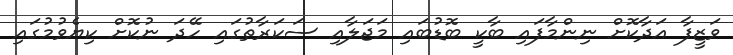
ވަޒީފާ އަދާކޮށް ނިންމާފައި ބާކީ ބޮޑުބައި މަޖަލާއި ސަކަރާތުގައި ހޭދަ ނުކޮށް ކިޔެވުމުގައި